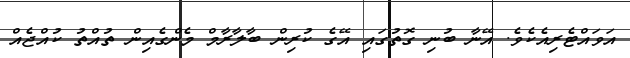
އަވައްޓެރިއެކެވެ. އޭނާ ބުނި ގޮތުގައި އޭގެ ކުރިން ބާލާރާމް މެންގެއިން ތުއްތު ކުއްޖެއް